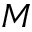
M